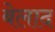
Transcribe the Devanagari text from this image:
बेलाद